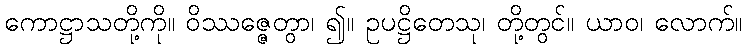
ကောဋ္ဌာသတို့ကို။ ဝိဿဇ္ဇေတွာ၊ ၍။ ဥပဋ္ဌိတေသု၊ တို့တွင်။ ယာဝ၊ လောက်။